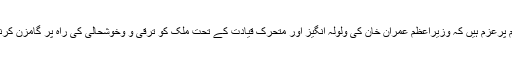
اسد عمر کا کہنا تھا کہ ہم پرعزم ہیں کہ وزیراعظم عمران خان کی ولولہ انگیز اور متحرک قیادت کے تحت ملک کو ترقی و وخوشحالی کی راہ پر گامزن کرنے میں کامیاب ہوں گے۔